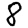
Digit: 8